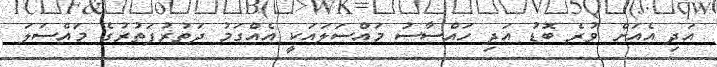
އަދި އެއަށް ވުރެ ބޮޑު އަދި ހައްސާސު މައްސަލައަކީ އެއްގަމު ދަތުރުފަތުރުގެ މައްސަލަ